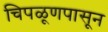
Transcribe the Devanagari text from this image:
चिपळूणपासून